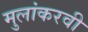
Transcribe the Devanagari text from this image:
मुलांकरवी